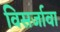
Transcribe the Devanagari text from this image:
विसर्जावा